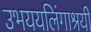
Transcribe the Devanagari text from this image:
उभययलिंगाश्रयी